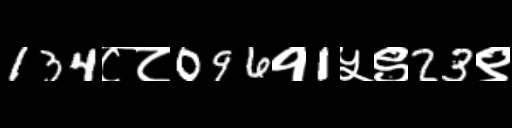
Text: 134८८096१1५९23९